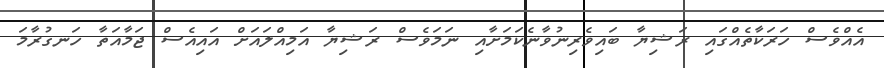
އެއްވެސް ހަރަކާތެއްގައި ރަޝިޔާ ބައިވެރިނުވާނެކަމަށާއި ނަމަވެސް ރަޝިޔާ އަމިއްލައަށް އައިއެސް ޖަމާއަތާ ހަނގުރާމަ